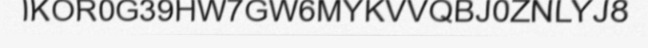
IKOR0G39HW7GW6MYKVVQBJ0ZNLYJ8